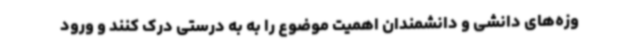
وزه‌های دانشی و دانشمندان اهمیت موضوع را به به درستی درک کنند و ورود